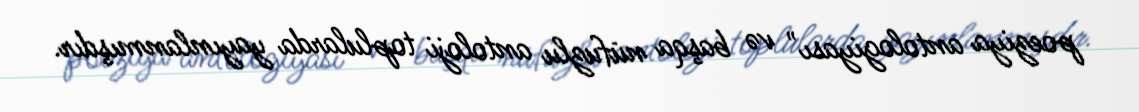
poeziya antologiyası" və başqa nüfuzlu antoloji toplularda yayınlanmışdır.